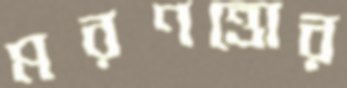
মরণত্তোর